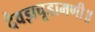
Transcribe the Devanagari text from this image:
दैवज्ञचूडामणी॥